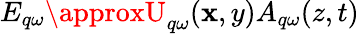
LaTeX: E_{q\omega}\approxU_{q\omega}(\mathbf{x},y)A_{q\omega}(z,t)